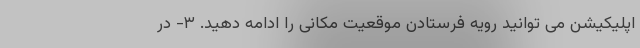
اپلیکیشن می توانید رویه فرستادن موقعیت مکانی را ادامه دهید. ۳- در